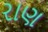
રાણ